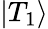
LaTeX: \left|T_{1}\right>